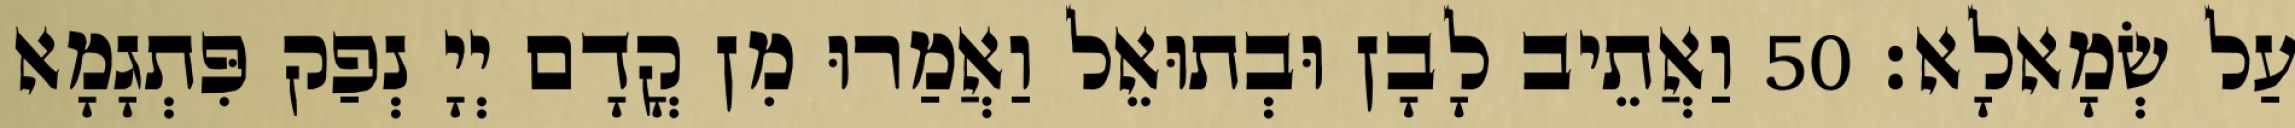
עַל שְׂמָאלָא׃ 50 וַאֲתֵיב לָבָן וּבְתוּאֵל וַאֲמַרוּ מִן קֳדָם יְיָ נְפַק פִּתְגָמָא